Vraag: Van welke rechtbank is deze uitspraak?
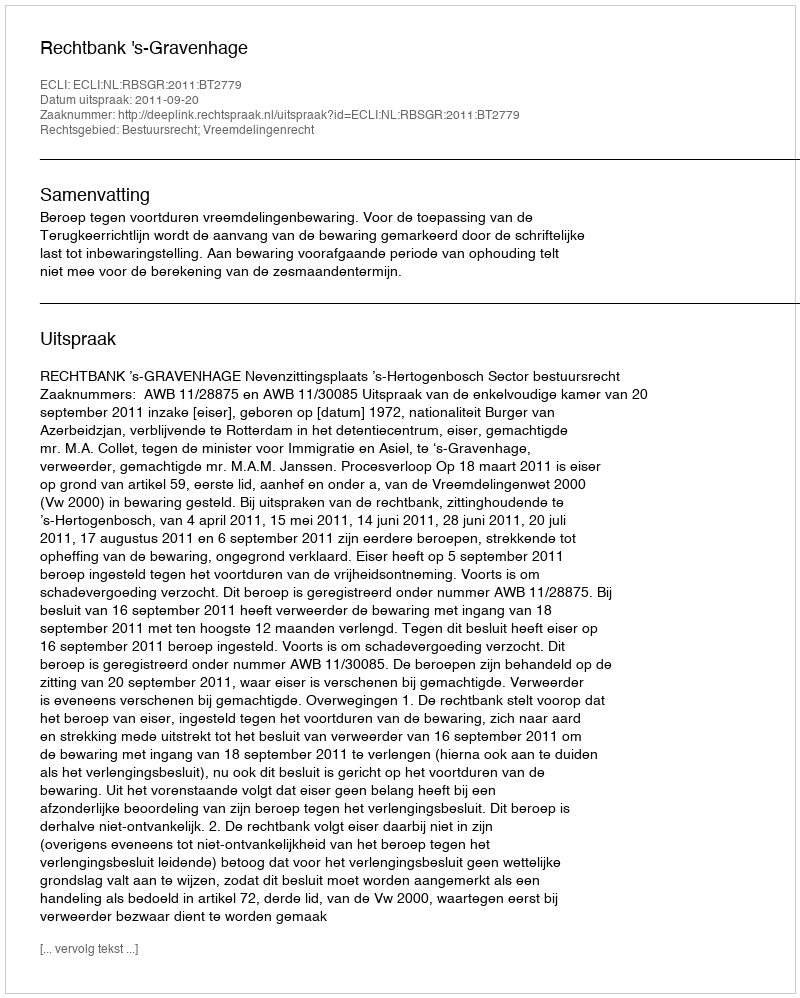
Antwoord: Rechtbank 's-Gravenhage